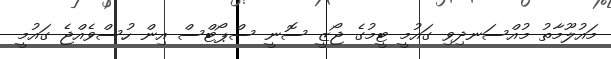
މައުލޫމާތު މުއްސަނދިވި ގައުމީ ޓީމުގެ ޖޯޒީ ސޮނީ ސްޕޯޓްސް އިން ހުސްވެއްޖެ ގައުމީ